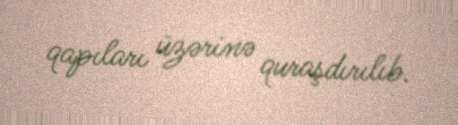
qapıları üzərinə quraşdırılıb.